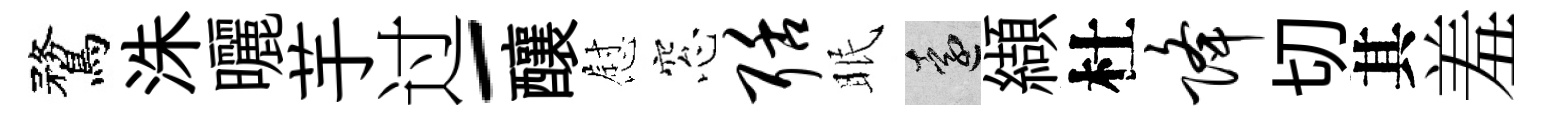
鶩洙曬芋过-釀慰窓聒眠遠纈杜降切其羞